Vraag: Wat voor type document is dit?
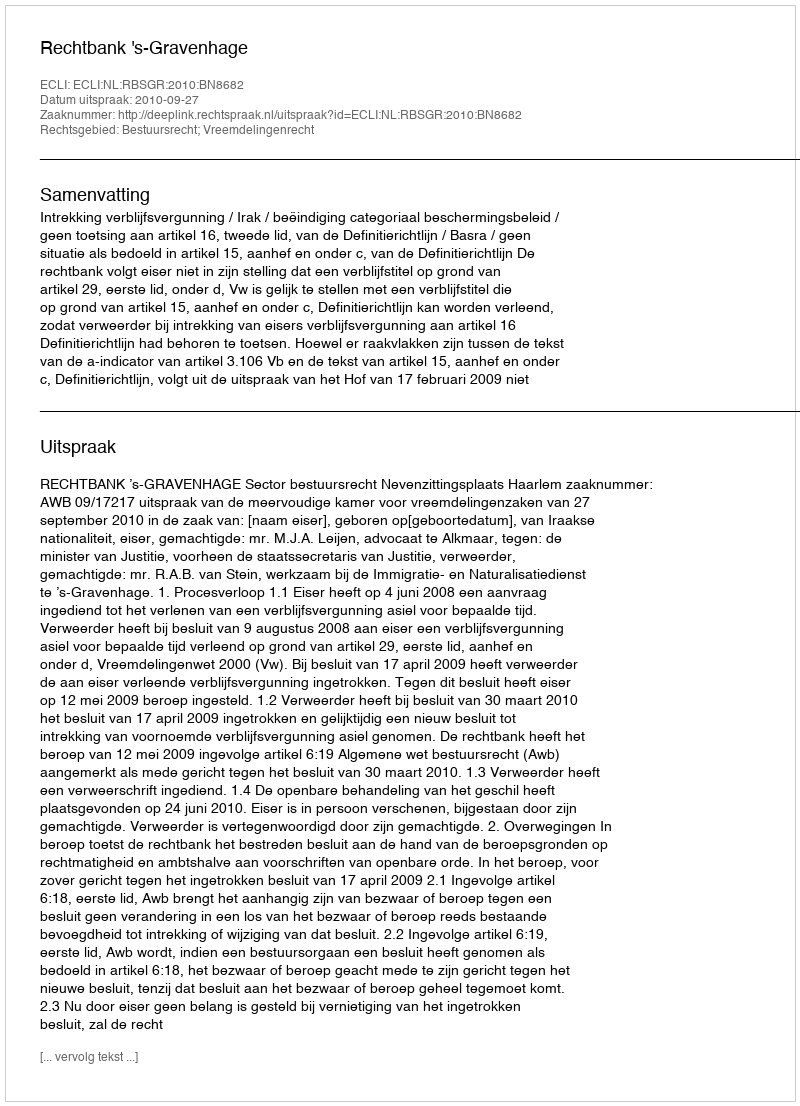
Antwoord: Uitspraak